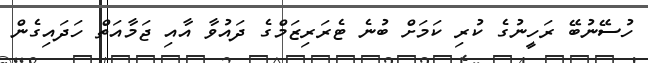
ހުސޭނުބޭ ރަހީނުގެ ކުރި ކަމަށް ބުނެ ޓެރަރިޒަމްގެ ދައުވާ އާއި ޖަމާއަތް ހަދައިގެން